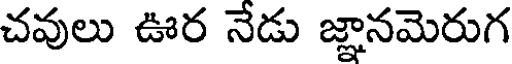
చవులు ఊర నేడు జ్ఞానమెరుగ